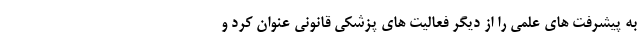
به پیشرفت های علمی را از دیگر فعالیت های پزشکی قانونی عنوان کرد و